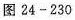
图24-230